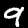
Digit: 9